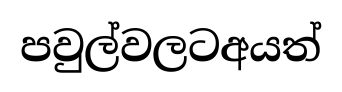
පවුල්වලටඅයත්